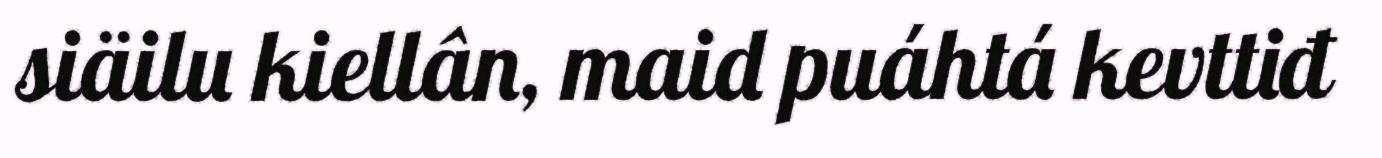
siäilu kiellân, maid puáhtá kevttiđ